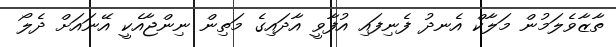
ތާޒާވެލަމުން މަލާކް އެނދު ފެނިފައި އުފާވީ އާދައިގެ މަތިން ނިންޖާއެކީ އޭނައަށް ދެލޯ